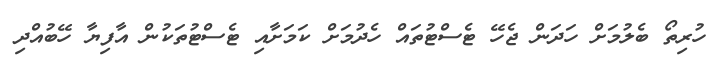
ހުރިތޯ ބެލުމަށް ހަދަން ޖެހޭ ޓެސްޓުތައް ހެދުމަށް ކަމަށާއި ޓެސްޓުތަކުން އާފިޔާ ހޭބުއްދި